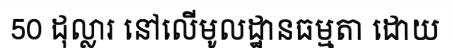
50 ដុល្លារ នៅលើមូលដ្ឋានធម្មតា ដោយ